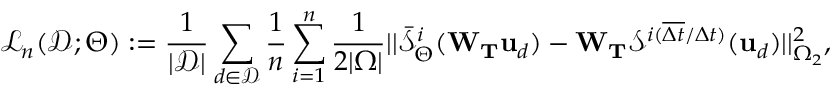
\mathcal { L } _ { n } ( \mathcal { D } ; \boldsymbol { \Theta } ) : = \frac { 1 } { | \mathcal { D } | } \sum _ { d \in \mathcal { D } } \frac { 1 } { n } \sum _ { i = 1 } ^ { n } \frac { 1 } { 2 | \Omega | } | | \bar { \mathcal { S } } _ { \boldsymbol { \Theta } } ^ { i } ( \mathbf { W } _ { \mathbf { T } } \mathbf { u } _ { d } ) - \mathbf { W } _ { \mathbf { T } } \mathcal { S } ^ { i ( \overline { { \Delta t } } / \Delta t ) } ( \mathbf { u } _ { d } ) | | _ { \Omega _ { 2 } } ^ { 2 } ,